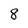
Character: 8